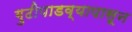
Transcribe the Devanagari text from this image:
गुढीपाडव्यापासून